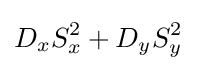
D_{x}S_{x}^{2}+D_{y}S_{y}^{2}